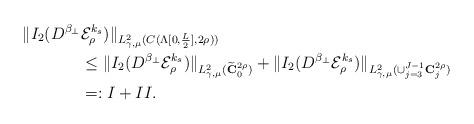
LaTeX: \begin{align*}\|I_2(D^{\beta_\perp} &\mathcal{E}^{k_s}_\rho)\|_{L^2_{\gamma,\mu}(C(\Lambda[0,\frac{L}{2}],2\rho))}\\ &\le \|I_2(D^{\beta_\perp} \mathcal{E}^{k_s}_\rho)\|_{L^2_{\gamma,\mu}(\widetilde{\bf C}_0^{2\rho})} + \|I_2(D^{\beta_\perp} \mathcal{E}^{k_s}_\rho)\|_{L^2_{\gamma,\mu}(\cup_{j=3}^{J-1}{\bf C}_j^{2\rho})}\\&=: I + II. \end{align*}